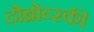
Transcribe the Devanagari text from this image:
दोब्रोव्स्की